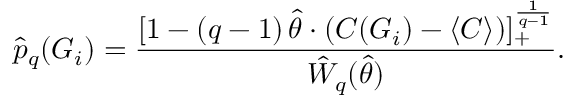
\hat { p } _ { q } ( G _ { i } ) = \frac { [ 1 - ( q - 1 ) \, \hat { \theta } \cdot ( C ( G _ { i } ) - \langle C \rangle ) ] _ { + } ^ { \frac { 1 } { q - 1 } } } { \hat { W } _ { q } ( \hat { \theta } ) } .